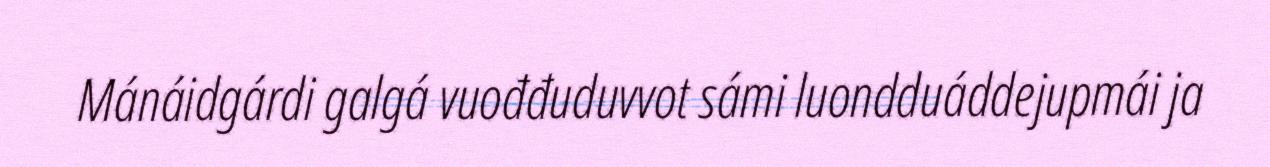
Mánáidgárdi galgá vuođđuduvvot sámi luondduáddejupmái ja